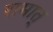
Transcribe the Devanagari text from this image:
रामात्